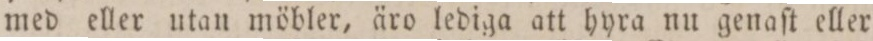
med eller utan möbler, äro lediga att hyra nu genaſt eller